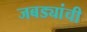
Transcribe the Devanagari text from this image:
जबड्यांची